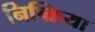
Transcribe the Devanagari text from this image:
निष्‍क्रिया